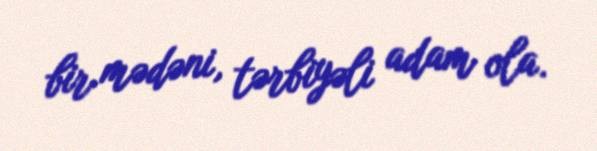
bir mədəni, tərbiyəli adam ola.